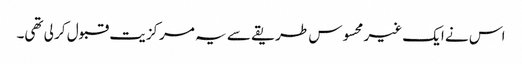
اس نے ایک غیر محسوس طریقے سے یہ مرکزیت قبول کر لی تھی۔